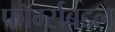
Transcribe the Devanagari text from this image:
फॉर्म्सबद्दल